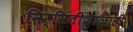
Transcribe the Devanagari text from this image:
निर्मितीशाळाही